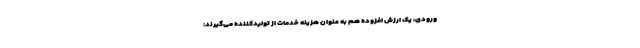
ورودی، یک ارزش افزوده هم به عنوان هزینه خدمات از تولیدکننده می‌گیرند: